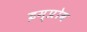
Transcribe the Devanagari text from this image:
इम्प्रोव